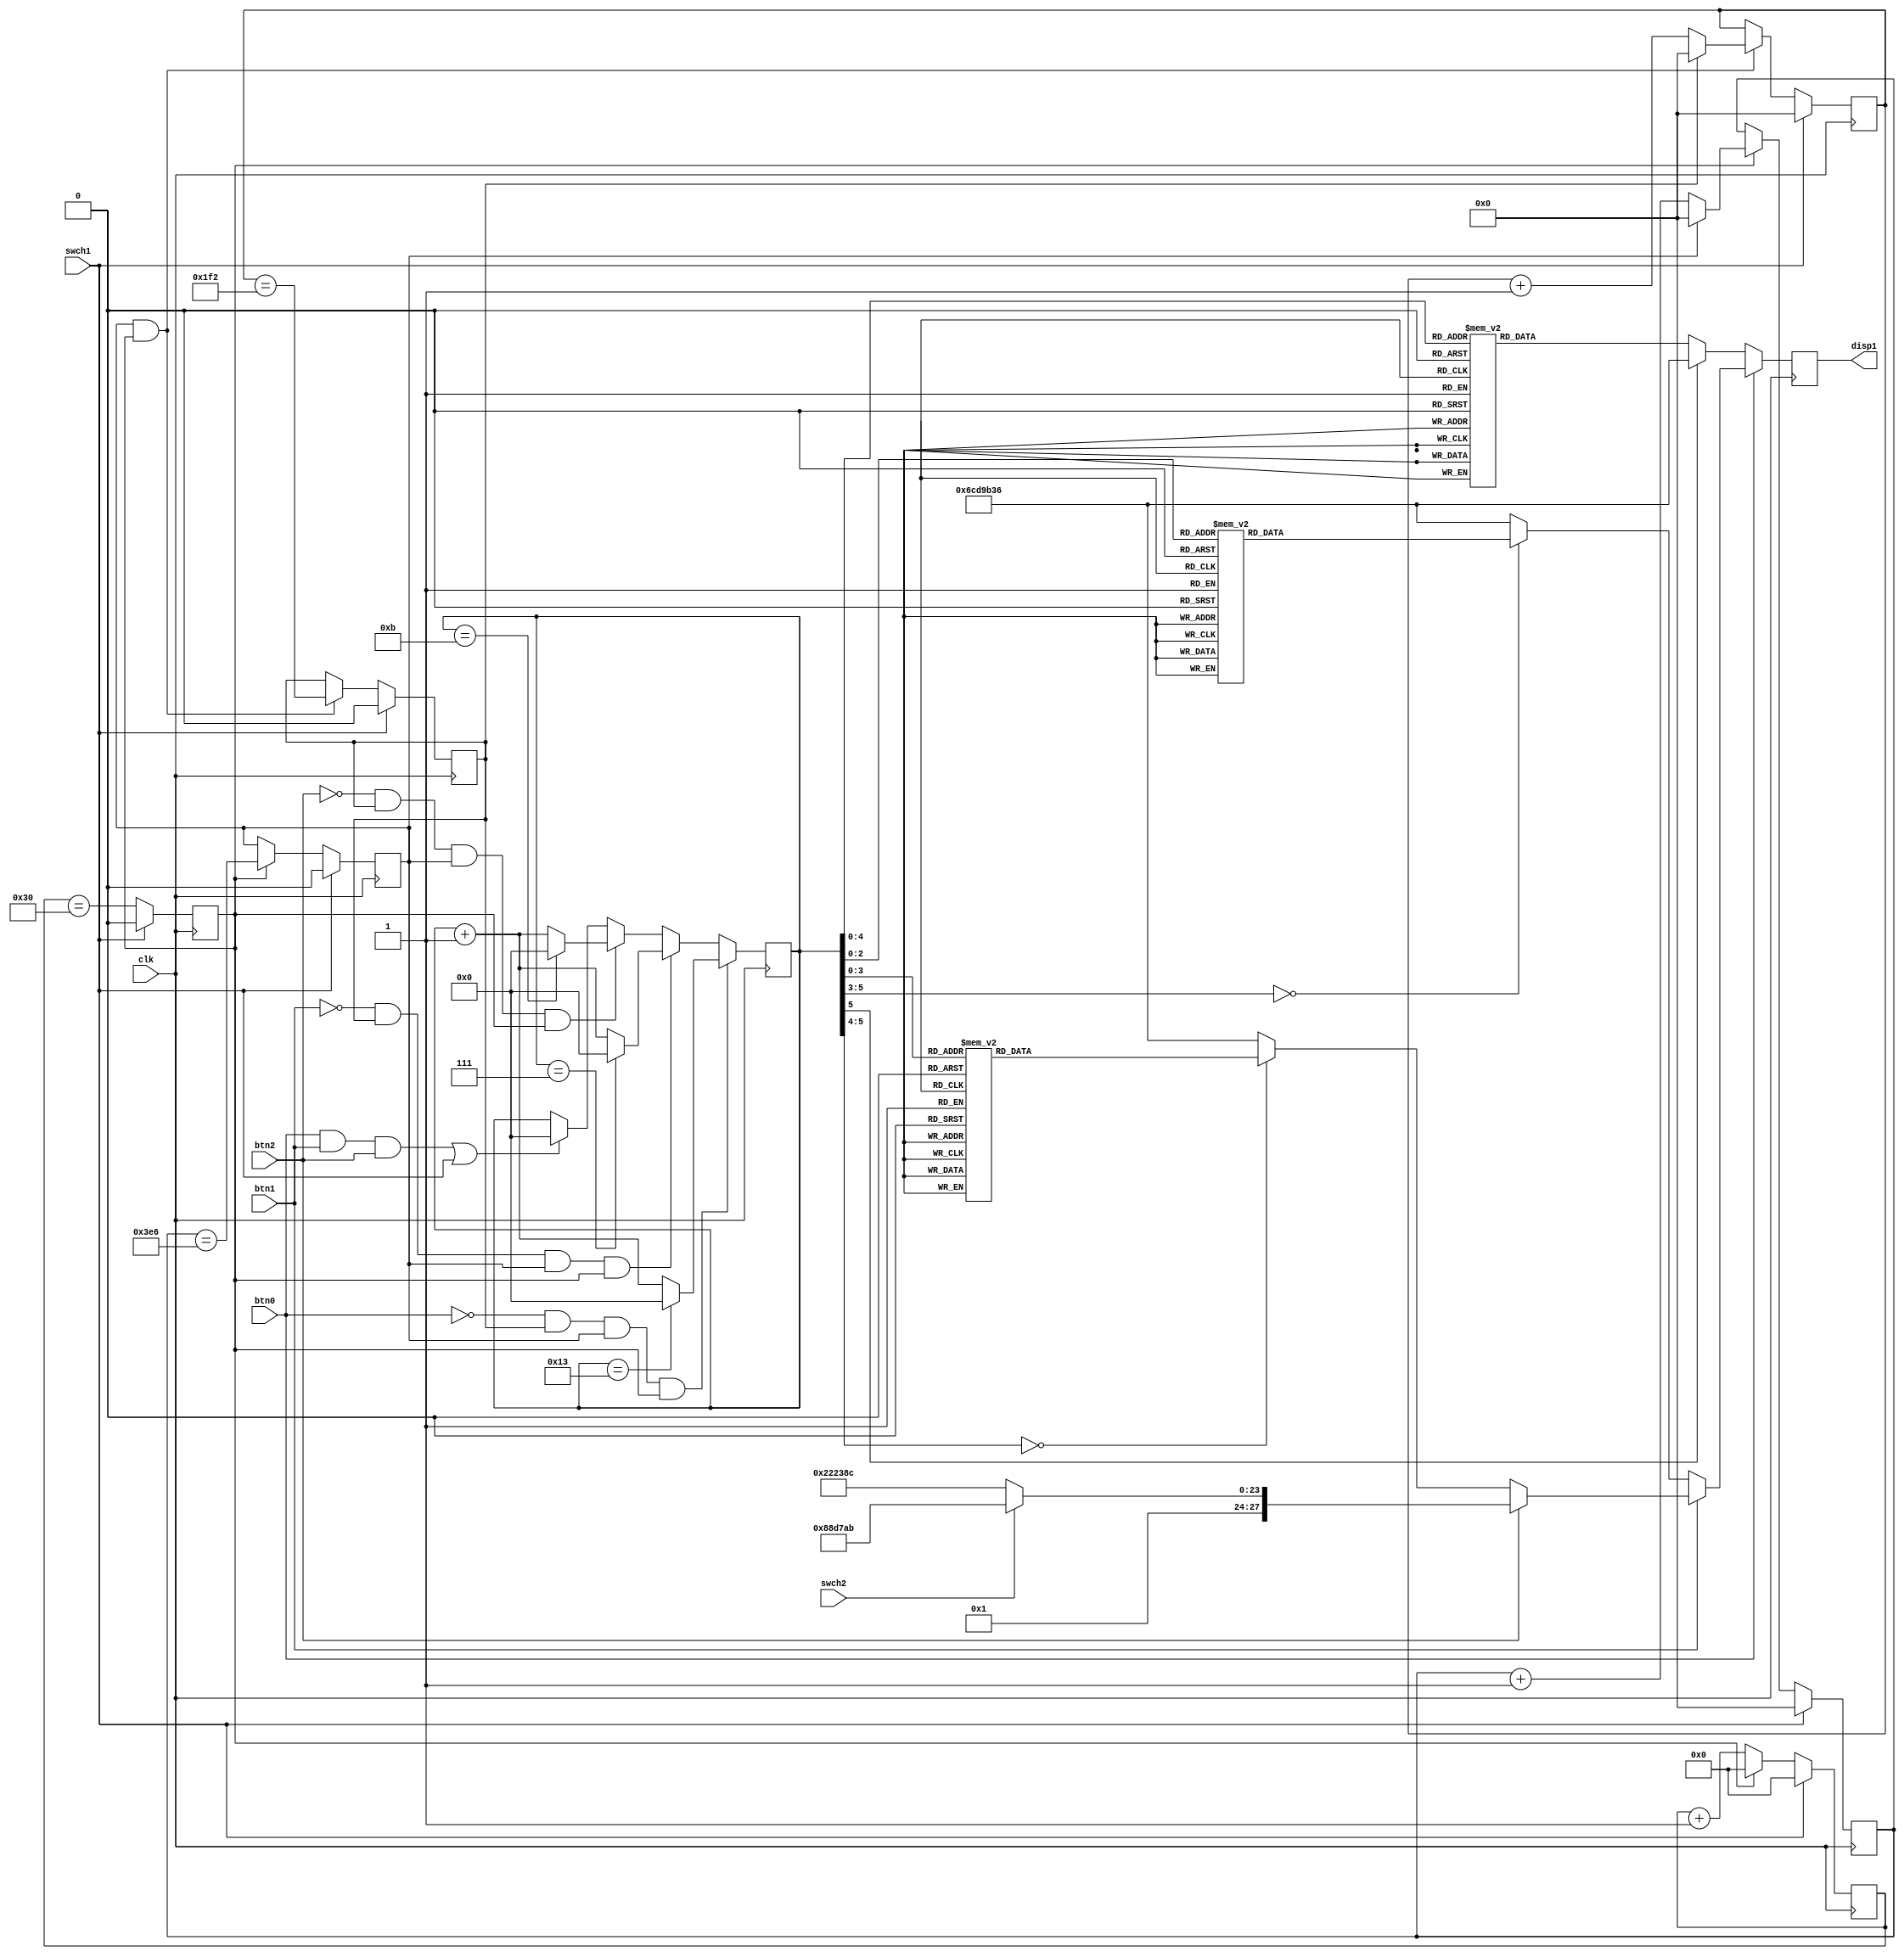

module FinalProjetV1(clk, swch1, swch2, btn0, btn1, btn2, disp1);
input clk;
input btn0, btn1, btn2;
output reg [0:27] disp1;
input swch1, swch2;
reg [5:0] cntr;

initial begin
cntr <= 5'd0;
end

	reg [9:0] usecond_cntr;
	reg [9:0] msecond_cntr;
	
parameter CLOCK_MHZ =50;

reg [7:0] tick_cntr;
reg tick_cntr_max;


always @(posedge clk) begin
	if (swch1) begin
		tick_cntr <= 0;
		tick_cntr_max <= 0;
	end
	else begin
		if (tick_cntr_max)tick_cntr <= 1'b0;
		else tick_cntr <= tick_cntr +1'b1;
		tick_cntr_max <= (tick_cntr == (CLOCK_MHZ - 2'd2));
	end
end

/////////////////////////////////
// Count off 1000 us to form 1 ms
/////////////////////////////////
reg usecond_cntr_max;

always @(posedge clk) begin
	if (swch1) begin
		usecond_cntr <= 0;
		usecond_cntr_max <= 0;
	end
	else if (tick_cntr_max) begin
		if (usecond_cntr_max) usecond_cntr <= 1'b0;
		else usecond_cntr <= usecond_cntr + 1'b1;
		usecond_cntr_max <= (usecond_cntr == 10'd998);
	end
end



/////////////////////////////////
// Count off 1000 ms to form 0.5 s
/////////////////////////////////
reg msecond_cntr_max;

always @(posedge clk) begin
	if (swch1) begin
		msecond_cntr <= 0;
		msecond_cntr_max <= 0;
	end
	else if (usecond_cntr_max & tick_cntr_max) begin
		if (msecond_cntr_max) msecond_cntr <= 1'b0;
		else msecond_cntr <= msecond_cntr + 1'b1;
		msecond_cntr_max <= (msecond_cntr == 10'd498);
	end
end

always@ (posedge clk) begin
//There is no need to debounce because this is not controlling a counter
	if (!btn0 & msecond_cntr_max & usecond_cntr_max & tick_cntr_max) begin
		cntr <= cntr + 1'b1;
		if (cntr == 5'd19)begin
			cntr <= 5'd0;
		end
	end	
	else if (!btn1 & msecond_cntr_max & usecond_cntr_max & tick_cntr_max) begin
		cntr <= cntr + 1'b1;
		if (cntr == 5'd7)begin
			cntr <= 5'd0;
		end
	end	
	else if (!btn2 & msecond_cntr_max & usecond_cntr_max & tick_cntr_max) begin
		cntr <= cntr + 1'b1;
		if (cntr == 5'd11)begin
			cntr <= 5'd0;
		end
	end	
	else if ((btn0 & btn1 & btn2) | swch1) begin
		cntr <=  5'd0;
	end
end



always@ (posedge clk) begin
	if (!btn0) begin
		case(cntr)
			0: disp1=28'b1111111111111111111111110111;
			1: disp1=28'b1111111111111111101111111111;
			2: disp1=28'b1111111111011111111111111111;
			3: disp1=28'b1110111111111111111111111111;
			4: disp1=28'b1101111111111111111111111111;
			5: disp1=28'b0111111111111111111111111111;
			6: disp1=28'b1111111011111111111111111111;
			7: disp1=28'b1111111111111101111111111111;
			8: disp1=28'b1111111111111111111110111111;
			9: disp1=28'b1111111111111111111111111101;
			10: disp1=28'b1111111111111111111111111110;
			11: disp1=28'b1111111111111111111101111111;
			12: disp1=28'b1111111111111011111111111111;
			13: disp1=28'b1111110111111111111111111111;
			14: disp1=28'b1011111111111111111111111111;
			15: disp1=28'b0111111111111111111111111111;
			16: disp1=28'b1111111011111111111111111111;
			17: disp1=28'b1111111111111101111111111111;
			18: disp1=28'b1111111111111111111110111111;
			19: disp1=28'b1111111111111111111111111011;
			default: disp1=28'b0110110011011001101100110110;
		endcase
	end
	else if (!btn1) begin
		case(cntr)
			0: disp1=28'b1111110111111011111101111110;
			1: disp1=28'b1111101111110111111011111101;
			2: disp1=28'b0111111011111101111110111111;
			3: disp1=28'b1101111110111111011111101111;
			4: disp1=28'b1110111111011111101111110111;
			5: disp1=28'b1111011111101111110111111011;
			6: disp1=28'b0111111011111101111110111111;
			7: disp1=28'b1011111101111110111111011111;
			default: disp1=28'b0110110011011001101100110110;
		endcase
	end
	else if (!btn2) begin
		case(cntr)
			0: disp1=28'b1111111111011111111111110111;
			1: disp1=28'b1110111111111111101111111111;
			2: disp1=28'b1101111111111111011111111111;
			3: disp1=28'b0111111111111101111111111111;
			4: disp1=28'b1111111011111111111110111111;
			5: disp1=28'b1111111111110111111111111101;
			6: disp1=28'b1111111111111011111111111110;
			7: disp1=28'b1111110111111111111101111111;
			8: disp1=28'b1011111111111110111111111111;
			9: disp1=28'b0111111111111101111111111111;
			10: disp1=28'b1111111011111111111110111111;
			11: disp1=28'b1111111111101111111111111011;
			default: disp1=28'b0110110011011001101100110110;
		endcase
	end		
	else if(swch2) begin
		disp1=28'b0001100010001101011110101011;
	end
	else if (!swch2)begin
		disp1=28'b0001001000100010001110001100;
	end
	
		
	
end


endmodule